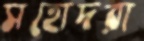
সহোদরা